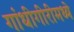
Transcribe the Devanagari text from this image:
गांधीगीरीमध्ये